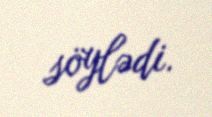
söylədi.